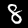
Label: 8